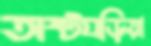
অষ্টঘড়িয়া